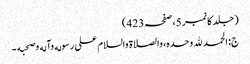
( جلد کا نمبر 5، صفحہ 423)
ج: الحمد لله وحده، والصلاة والسلام علی رسوله وآله وصحبه ۔